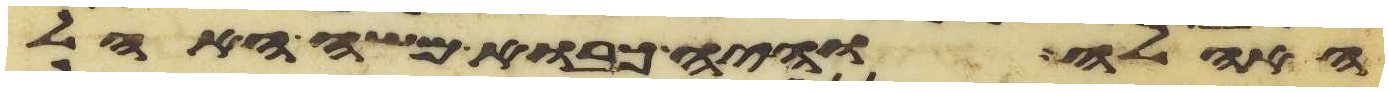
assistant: האהלה והיה כבוא משה האהל